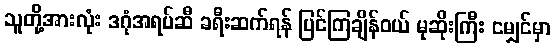
သူတို့အားလုံး ဒဂုံအရပ်ဆီ ခရီးဆက်ရန် ပြင်ကြချိန်ဝယ် မုဆိုးကြီး ငမျှင်မှာ